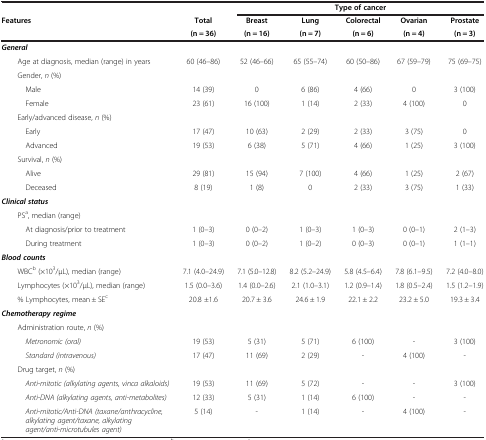
<table><thead><tr><td rowspan="3"><b>Features</b></td><td><b> </b></td><td colspan="5"><b>Type of cancer</b></td></tr><tr><td><b>Total</b></td><td><b>Breast</b></td><td><b>Lung</b></td><td><b>Colorectal</b></td><td><b>Ovarian</b></td><td><b>Prostate</b></td></tr><tr><td><b>(n = 36)</b></td><td><b>(n = 16)</b></td><td><b>(n = 7)</b></td><td><b>(n = 6)</b></td><td><b>(n = 4)</b></td><td><b>(n = 3)</b></td></tr></thead><tbody><tr><td><b><i>General</i></b></td><td> </td><td> </td><td> </td><td> </td><td> </td><td> </td></tr><tr><td>Age at diagnosis, median (range) in years</td><td>60 (46–86)</td><td>52 (46–66)</td><td>65 (55–74)</td><td>60 (50–86)</td><td>67 (59–79)</td><td>75 (69–75)</td></tr><tr><td>Gender, <i>n</i> (%)</td><td> </td><td> </td><td> </td><td> </td><td> </td><td> </td></tr><tr><td>Male</td><td>14 (39)</td><td>0</td><td>6 (86)</td><td>4 (66)</td><td>0</td><td>3 (100)</td></tr><tr><td>Female</td><td>23 (61)</td><td>16 (100)</td><td>1 (14)</td><td>2 (33)</td><td>4 (100)</td><td>0</td></tr><tr><td>Early/advanced disease, <i>n</i> (%)</td><td> </td><td> </td><td> </td><td> </td><td> </td><td> </td></tr><tr><td>Early</td><td>17 (47)</td><td>10 (63)</td><td>2 (29)</td><td>2 (33)</td><td>3 (75)</td><td>0</td></tr><tr><td>Advanced</td><td>19 (53)</td><td>6 (38)</td><td>5 (71)</td><td>4 (66)</td><td>1 (25)</td><td>3 (100)</td></tr><tr><td>Survival, <i>n</i> (%)</td><td> </td><td> </td><td> </td><td> </td><td> </td><td> </td></tr><tr><td>Alive</td><td>29 (81)</td><td>15 (94)</td><td>7 (100)</td><td>4 (66)</td><td>1 (25)</td><td>2 (67)</td></tr><tr><td>Deceased</td><td>8 (19)</td><td>1 (8)</td><td>0</td><td>2 (33)</td><td>3 (75)</td><td>1 (33)</td></tr><tr><td><b><i>Clinical status</i></b></td><td> </td><td> </td><td> </td><td> </td><td> </td><td> </td></tr><tr><td>PS<sup>a</sup>, median (range)</td><td> </td><td> </td><td> </td><td> </td><td> </td><td> </td></tr><tr><td>At diagnosis/prior to treatment</td><td>1 (0–3)</td><td>0 (0–2)</td><td>1 (0–3)</td><td>1 (0–3)</td><td>0 (0–1)</td><td>2 (1–3)</td></tr><tr><td>During treatment</td><td>1 (0–3)</td><td>0 (0–2)</td><td>1 (0–2)</td><td>0 (0–3)</td><td>0 (0–1)</td><td>1 (1–1)</td></tr><tr><td><b><i>Blood counts</i></b></td><td> </td><td> </td><td> </td><td> </td><td> </td><td> </td></tr><tr><td>WBC<sup>b</sup> (×10<sup>3</sup>/μL), median (range)</td><td>7.1 (4.0–24.9)</td><td>7.1 (5.0–12.8)</td><td>8.2 (5.2–24.9)</td><td>5.8 (4.5–6.4)</td><td>7.8 (6.1–9.5)</td><td>7.2 (4.0–8.0)</td></tr><tr><td>Lymphocytes (×10<sup>3</sup>/μL), median (range)</td><td>1.5 (0.0–3.6)</td><td>1.4 (0.0–2.6)</td><td>2.1 (1.0–3.1)</td><td>1.2 (0.9–1.4)</td><td>1.8 (0.5–2.4)</td><td>1.5 (1.2–1.9)</td></tr><tr><td>% Lymphocytes, mean ± SE<sup>c</sup></td><td>20.8 ±1.6</td><td>20.7 ± 3.6</td><td>24.6 ± 1.9</td><td>22.1 ± 2.2</td><td>23.2 ± 5.0</td><td>19.3 ± 3.4</td></tr><tr><td><b><i>Chemotherapy regime</i></b></td><td> </td><td> </td><td> </td><td> </td><td> </td><td> </td></tr><tr><td>Administration route, <i>n</i> (%)</td><td> </td><td> </td><td> </td><td> </td><td> </td><td> </td></tr><tr><td><i>Metronomic (oral)</i></td><td>19 (53)</td><td>5 (31)</td><td>5 (71)</td><td>6 (100)</td><td>-</td><td>3 (100)</td></tr><tr><td><i>Standard (intravenous)</i></td><td>17 (47)</td><td>11 (69)</td><td>2 (29)</td><td>-</td><td>4 (100)</td><td>-</td></tr><tr><td>Drug target, <i>n</i> (%)</td><td> </td><td> </td><td> </td><td> </td><td> </td><td> </td></tr><tr><td><i>Anti-mitotic (alkylating agents, vinca alkaloids)</i></td><td>19 (53)</td><td>11 (69)</td><td>5 (72)</td><td>-</td><td>-</td><td>3 (100)</td></tr><tr><td><i>Anti-DNA (alkylating agents, anti-metabolites)</i></td><td>12 (33)</td><td>5 (31)</td><td>1 (14)</td><td>6 (100)</td><td>-</td><td>-</td></tr><tr><td><i>Anti-mitotic/Anti-DNA (taxane/anthracycline, alkylating agent/taxane, alkylating agent/anti-microtubules agent)</i></td><td>5 (14)</td><td>-</td><td>1 (14)</td><td>-</td><td>4 (100)</td><td>-</td></tr></tbody></table>